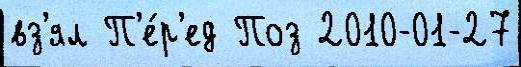
вз'ял П'е́р'ед Поз 2010-01-27